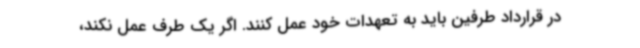
در قرارداد طرفین باید به تعهدات خود عمل کنند. اگر یک طرف عمل نکند،